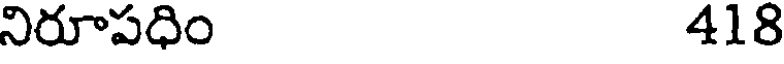
నిరూపధిం 418